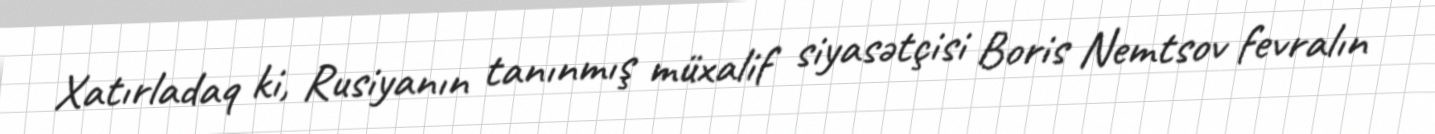
Xatırladaq ki, Rusiyanın tanınmış müxalif siyasətçisi Boris Nemtsov fevralın